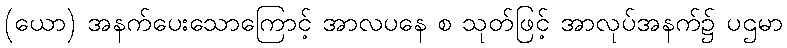
(ယော) အနက်ပေးသောကြောင့် အာလပနေ စ သုတ်ဖြင့် အာလုပ်အနက်၌ ပဌမာ